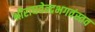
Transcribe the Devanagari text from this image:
श्रीराघवेन्द्रभगवंस्तव